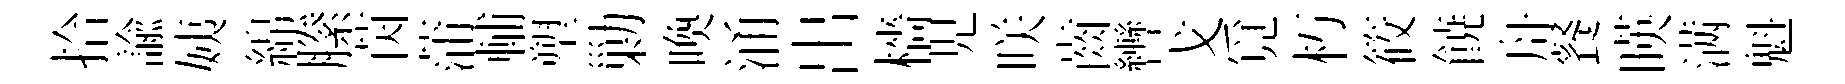
拾諭姨綿縢茵蒲輔塑勦喚涌出檣児咲齒轡戈覓朽筱𩜙舟餐暎满魁